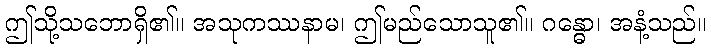
ဤသို့သဘောရှိ၏။ အသုကဿနာမ၊ ဤမည်သောသူ၏။ ဂန္ဓော၊ အနံ့သည်။